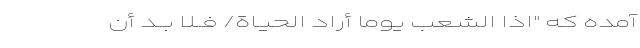
آمده که "اذا الشّعبُ يَوْمَاً أرَادَ الْحَيَـاةَ/ فــلا بــدّ أن